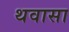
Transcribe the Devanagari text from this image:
थवासा